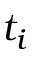
t _ { i }